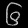
Digit: ၆